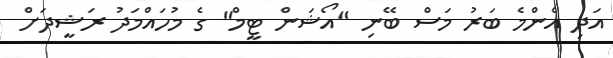
އަދި އެންމެ ބަރު މަސް ބޭނި "އޯޝަން ޓީމް" ގެ މުހައްމަދު ރަޝީދަށް